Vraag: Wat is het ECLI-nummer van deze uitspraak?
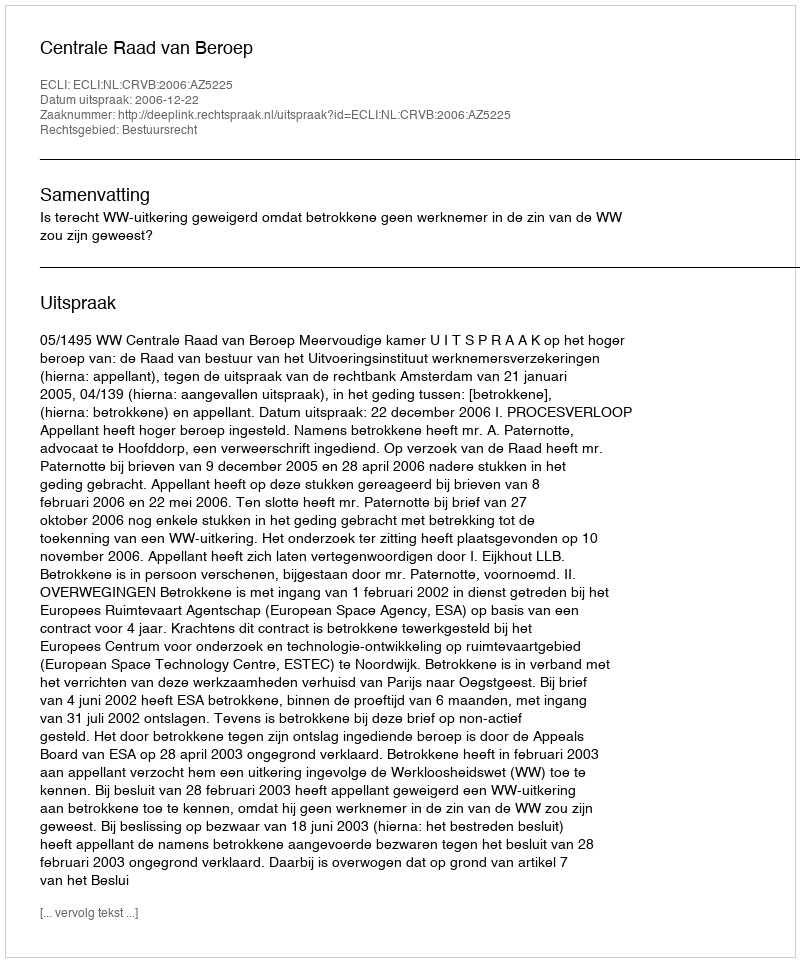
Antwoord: ECLI:NL:CRVB:2006:AZ5225